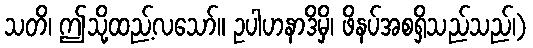
သတိ၊ ဤသို့ထည့်လသော်။ ဥပါဟနာဒိမှိ၊ ဖိနပ်အစရှိသည်သည်၊)